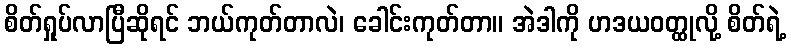
စိတ်ရှုပ်လာပြီဆိုရင် ဘယ်ကုတ်တာလဲ၊ ခေါင်းကုတ်တာ။ အဲဒါကို ဟဒယဝတ္ထုလို့ စိတ်ရဲ့